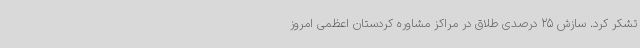
تشکر کرد. سازش 25 درصدی طلاق در مراکز مشاوره کردستان اعظمی امروز